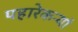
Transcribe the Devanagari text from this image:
पहारेकऱ्यां